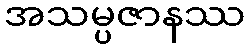
အသမ္ပဇာနဿ